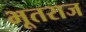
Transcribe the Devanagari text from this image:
भूतराज